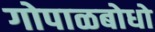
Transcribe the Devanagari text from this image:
गोपाळबोधो